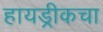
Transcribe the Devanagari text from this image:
हायड्रीकचा